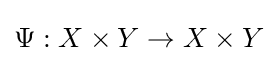
\Psi :X\times Y\to X\times Y